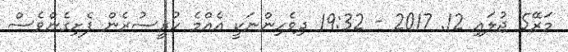
މަރޭ5 ޖުލައި 12